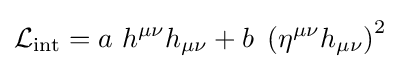
{\mathcal {L}}_{\mathrm {int} }=a\ h^{\mu \nu }h_{\mu \nu }+b\ \left(\eta ^{\mu \nu }h_{\mu \nu }\right)^{2}~